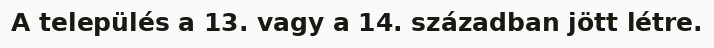
A település a 13. vagy a 14. században jött létre.